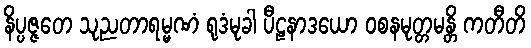
နိပ္ပဇ္ဇတေ သုညတာရမ္မဏံ ရုဒံမုခါ ပီဠနာဒယော ဝစနမုတ္တမန္တိ ကတီတိ